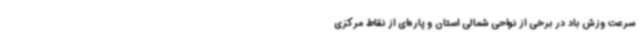
سرعت وزش باد در برخی از نواحی شمالی استان و پاره‌ای از نقاط مرکزی